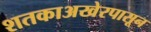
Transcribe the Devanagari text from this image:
शतकाअखेरपासून